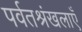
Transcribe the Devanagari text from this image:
पर्वतश्रंखलाएँ